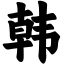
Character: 韩